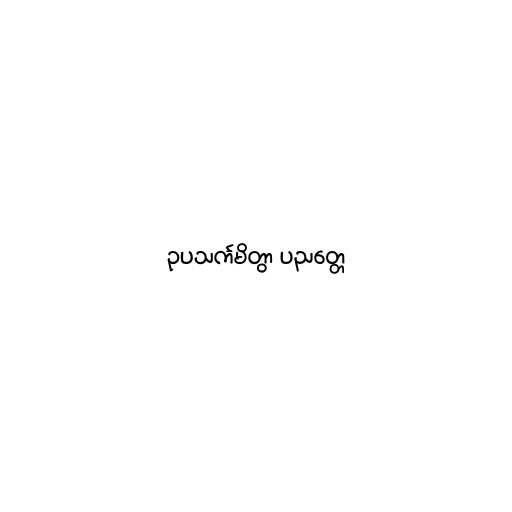
ဥပသင်္ကမိတွာ ပညတ္တေ